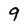
Character: 9